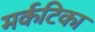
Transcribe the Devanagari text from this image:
मर्कटिका